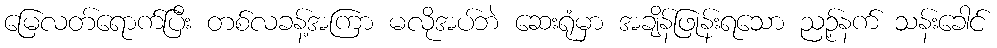
မြေလတ်ရောက်ပြီး တစ်လခန့်အကြာ မလိုအပ်ဘဲ ဆေးရုံမှာ အချိန်ဖြုန်းရသော ညဉ့်နက် သန်းခေါင်